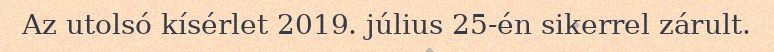
Az utolsó kísérlet 2019. július 25-én sikerrel zárult.